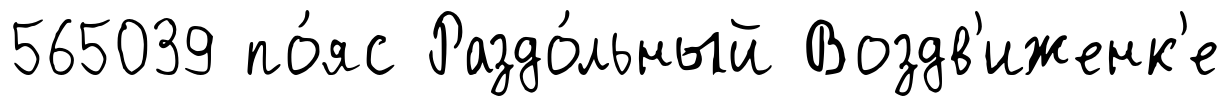
565039 по́яс Раздо́льный Воздв'иженк'е